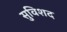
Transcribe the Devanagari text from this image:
सुविशद